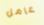
عامل